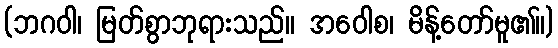
(ဘဂဝါ၊ မြတ်စွာဘုရားသည်။ အဝေါစ၊ မိန့်တော်မူ၏။)